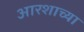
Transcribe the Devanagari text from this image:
आरशाच्या